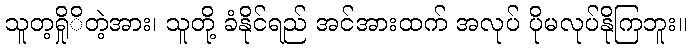
သူတ့ရှိုိတဲ့အား၊ သူတို့ ခံနိုင်ရည် အင်အားထက် အလုပ် ပိုမလုပ်နိုကြဘူး။